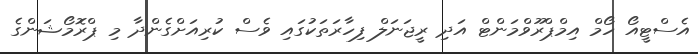
އެސްޓީއޯ ހޯމް އިމްޕްރޫވްމަންޓް އަދި ރީޖަނަލް ފިހާރަތަކުގައި ވެސް ކުރިއަށްގެންދާ މި ޕްރޮމޯޝަންގެ